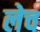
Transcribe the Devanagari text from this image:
लेच